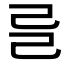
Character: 𢀵